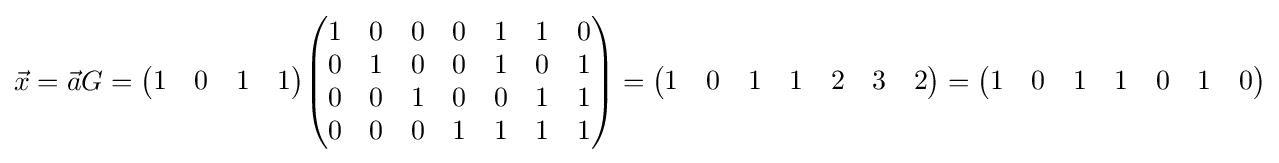
{\vec {x}}={\vec {a}}G={\begin{pmatrix}1&0&1&1\end{pmatrix}}{\begin{pmatrix}1&0&0&0&1&1&0\\0&1&0&0&1&0&1\\0&0&1&0&0&1&1\\0&0&0&1&1&1&1\\\end{pmatrix}}={\begin{pmatrix}1&0&1&1&2&3&2\end{pmatrix}}={\begin{pmatrix}1&0&1&1&0&1&0\end{pmatrix}}